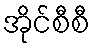
အိုင်စီစီ